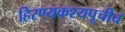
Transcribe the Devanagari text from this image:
हिरण्यकश्यपूचीच